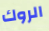
الروك